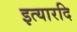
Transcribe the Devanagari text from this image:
इत्यारदि